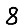
Digit: 8